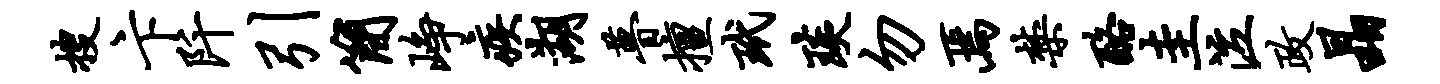
搜卞阡引简峥疾湖瞢擅玳琰勿焉禁酪圭泣政晶